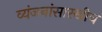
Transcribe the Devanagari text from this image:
व्यंजनांसारखीच